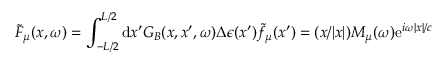
\tilde { F } _ { \mu } ( x , \omega ) = \int _ { - L / 2 } ^ { L / 2 } \mathrm { d } x ^ { \prime } G _ { B } ( x , x ^ { \prime } , \omega ) \Delta \epsilon ( x ^ { \prime } ) \tilde { f } _ { \mu } ( x ^ { \prime } ) = ( x / | x | ) M _ { \mu } ( \omega ) \mathrm { e } ^ { i \omega | x | / c }